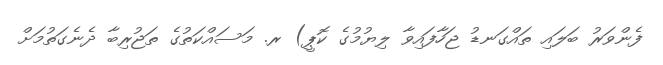
ފެންވަރު ބަލައި ތައްގަނޑު ޖަހާފައިވާ ލިޔުމުގެ ކޮޕީ) ރ. މަސައްކަތުގެ ތަޖުރިބާ ދެނެގަތުމަށް